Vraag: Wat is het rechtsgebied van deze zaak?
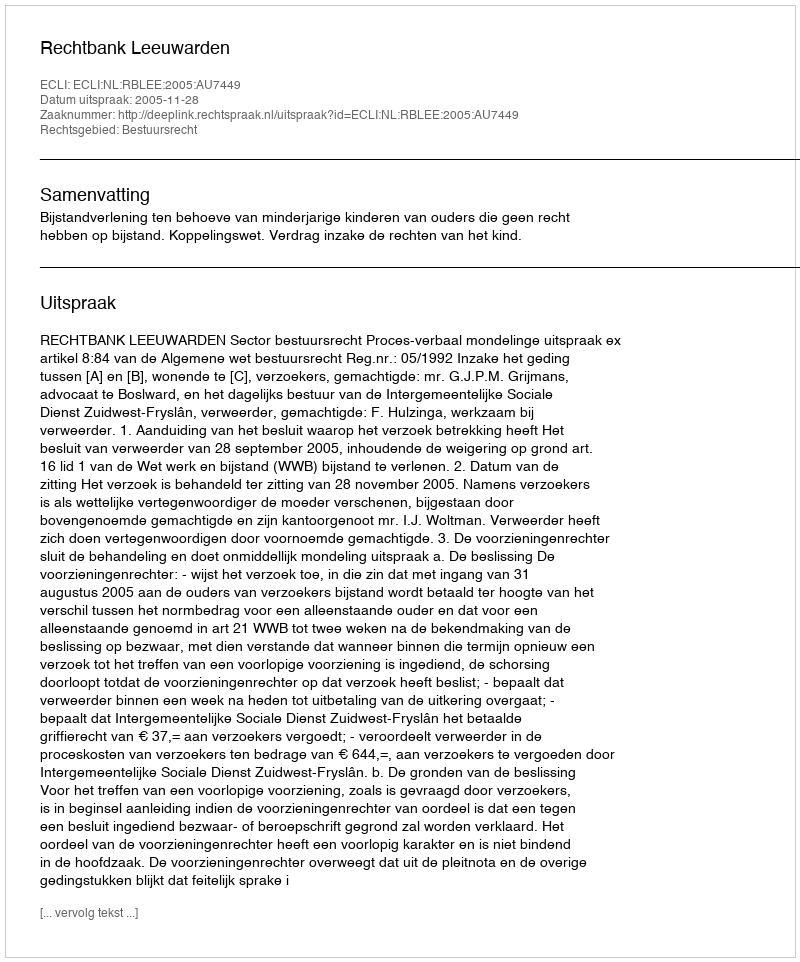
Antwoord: Bestuursrecht